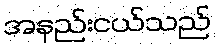
အနည်းငယ်သည်